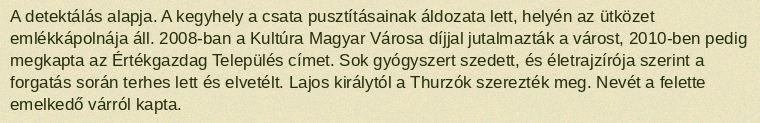
A detektálás alapja. A kegyhely a csata pusztításainak áldozata lett, helyén az ütközet emlékkápolnája áll. 2008-ban a Kultúra Magyar Városa díjjal jutalmazták a várost, 2010-ben pedig megkapta az Értékgazdag Település címet. Sok gyógyszert szedett, és életrajzírója szerint a forgatás során terhes lett és elvetélt. Lajos királytól a Thurzók szerezték meg. Nevét a felette emelkedő várról kapta.